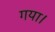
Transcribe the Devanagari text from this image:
गया।